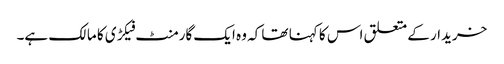
خریدار کے متعلق اس کا کہنا تھا کہ وہ ایک گارمنٹ فیکڑی کا مالک ہے۔